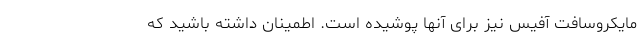
مایکروسافت آفیس نیز برای آنها پوشیده است. اطمینان داشته باشید که